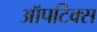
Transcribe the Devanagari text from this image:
ऑपटिक्स